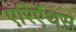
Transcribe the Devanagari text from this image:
एरिऐंथस